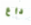
داع